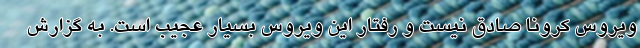
ویروس کرونا صادق نیست و رفتار این ویروس بسیار عجیب است. به گزارش